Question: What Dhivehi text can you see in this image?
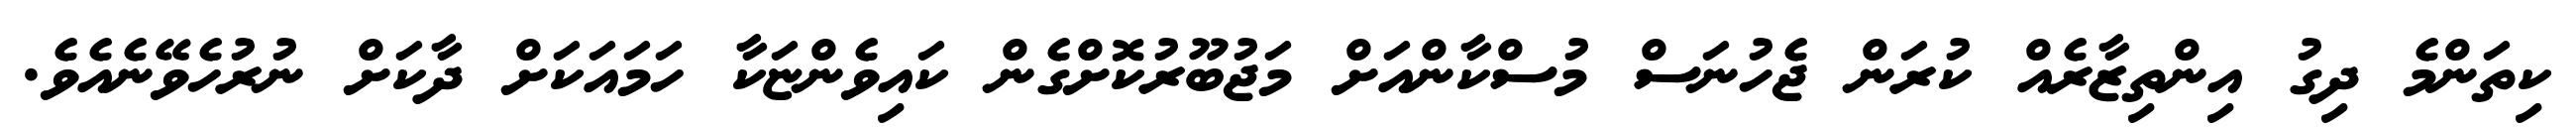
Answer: ކިތަންމެ ދިގު އިންތިޒާރެއް ކުރަން ޖެހުނަސް މުސްކާންއަށް މަޖުބޫރުކޮށްގެން ކައިވެންޏަކާ ހަމައަކަށް ދާކަށް ނުރުހެވޭނެއެވެ.